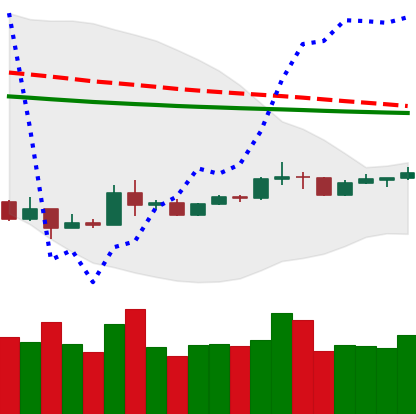
Ticker: XRP-USD
Chart end date: 2020-04-02
Forward return: 7.531%
Label: up_7plus